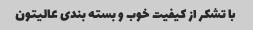
با تشکر از کیفیت خوب و بسته بندی عالیتون